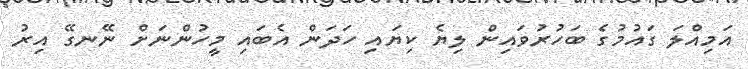
އަމިއްލަ ގައުމުގެ ބަހުރުވައިން ލިޔެ ކިޔައި ހަދަން އެބައި މީހުންނަށް ނޭނގޭ އިރު